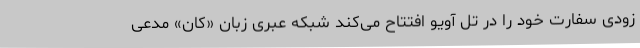
زودی سفارت خود را در تل آویو افتتاح می‌کند شبکه عبری زبان «کان» مدعی